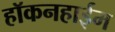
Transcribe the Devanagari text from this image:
हॉकनहाईम